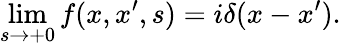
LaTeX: \operatorname*{lim}_{s\rightarrow+0}f(x,x^{\prime},s)=i\delta(x-x^{\prime}).